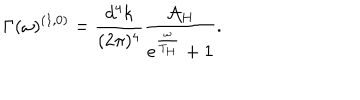
\Gamma ( \omega ) ^ { ( 1 , 0 ) } = \frac { d ^ { 4 } k } { ( 2 \pi ) ^ { 4 } } \frac { { \cal A } _ { H } } { e ^ { \frac { \omega } { T _ { H } } } + 1 } .